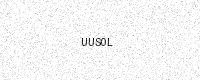
Text: UUS0L